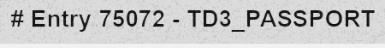
# Entry 75072 - TD3_PASSPORT